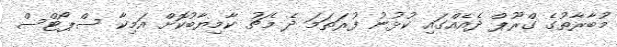
މުބާރާތުގެ ގްރޫޕް ދެއެއްގައި ކުޅުނު ފުރަތަމަ ދެ މެޗު ކާމިޔާބުކޮށް އަމިކާ ސްޕޯޓްސް